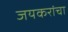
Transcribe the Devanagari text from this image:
जयकरांचा